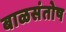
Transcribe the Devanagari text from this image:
बाळसंतोष